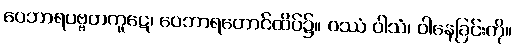
ဝေဘာရပဗ္ဗတကူဋေ၊ ဝေဘာရတောင်ထိပ်၌။ ဝဿံ ဝါသံ၊ ဝါနေခြင်းကို။